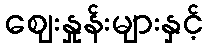
ဈေးနှုန်းများနှင့်